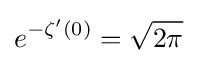
e^{-\zeta '(0)}={\sqrt {2\pi }}